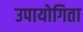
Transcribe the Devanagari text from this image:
उपायोगिता